Document type: Inventory
Year: 1295
Scribe: Pere Marc
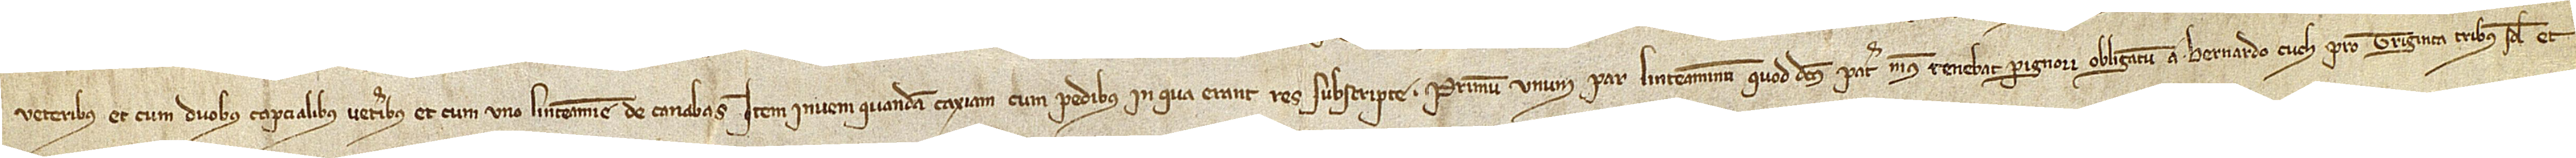
veteribus, et cum duobus capcialibus veteribus, et cum uno linteamine de canabas. Item, inveni quandam caxiam cum pedibus in qua erant res subscripte: Primum, unum par linteaminum quod dictus pater meus tenebat pignori obligatum a Bernardo Cuch pro triginta tribus solidos et